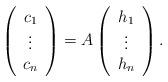
LaTeX: \begin{align*} \left( \begin{array}{c} c_1 \\ \vdots \\ c_n \end{array} \right) = A \left( \begin{array}{c} h_1 \\ \vdots \\ h_n \end{array} \right) . \end{align*}